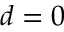
d = 0